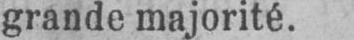
grande majorité.